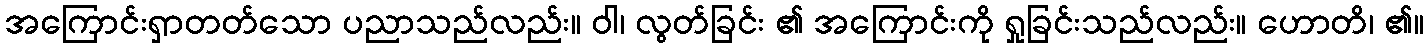
အကြောင်းရှာတတ်သော ပညာသည်လည်း။ ဝါ၊ လွတ်ခြင်း ၏ အကြောင်းကို ရှုခြင်းသည်လည်း။ ဟောတိ၊ ၏။